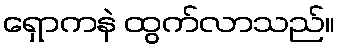
ရှောကနဲ ထွက်လာသည်။